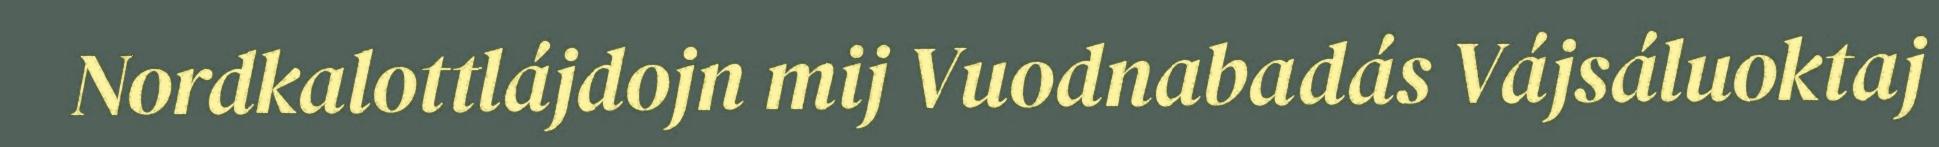
Nordkalottlájdojn mij Vuodnabadás Vájsáluoktaj